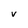
Character: V